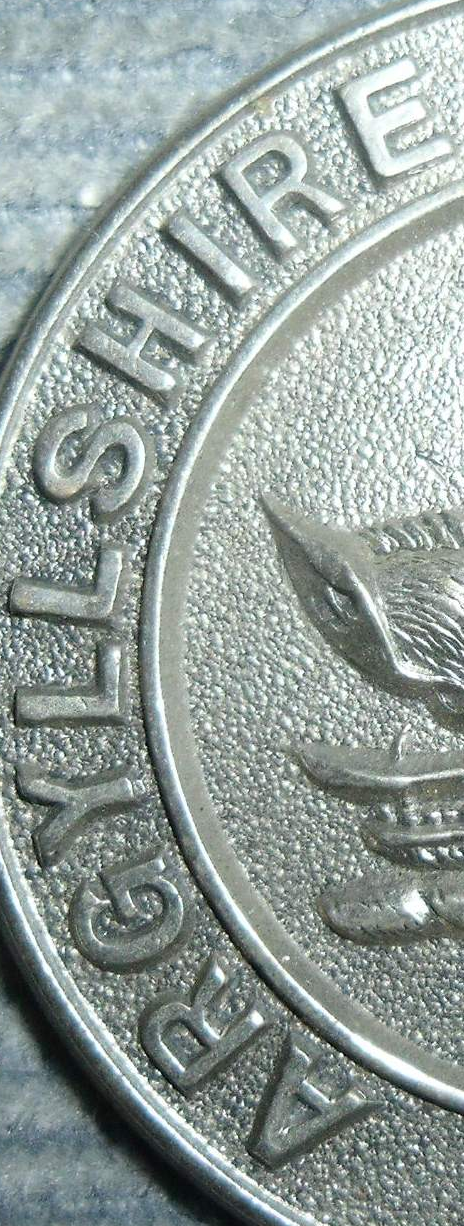
ARGYLLSHIRE